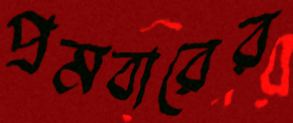
প্রমবারের